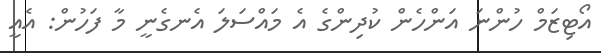
އޯޓިޒަމް ހުންނަ އަންހެން ކުދިންގެ އެ މައްސަލަ އެނގެނީ މާ ފަހުން: އެއީ